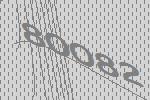
80082